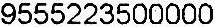
9555223500000